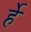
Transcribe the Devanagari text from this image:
र्हे